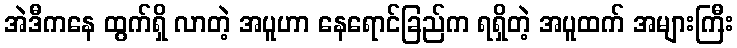
အဲဒီကနေ ထွက်ရှိ လာတဲ့ အပူဟာ နေရောင်ခြည်က ရရှိတဲ့ အပူထက် အများကြီး